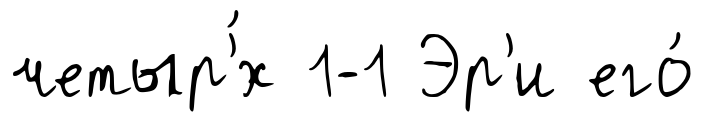
четыр'́х 1-1 Эр'и его́